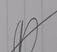
Signature authenticity: forged